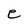
Character: e